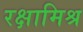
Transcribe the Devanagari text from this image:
रक्षामिश्र